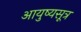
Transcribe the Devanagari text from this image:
आयुष्यसूत्र